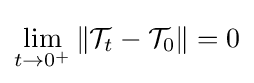
\lim _{t\rightarrow 0^{+}}\left\|{\mathcal {T}}_{t}-{\mathcal {T}}_{0}\right\|=0